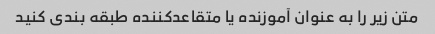
متن زیر را به عنوان آموزنده یا متقاعدکننده طبقه بندی کنید